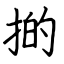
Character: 𢯊